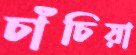
চাঁচিয়া